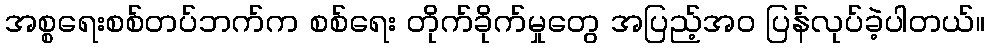
အစ္စရေးစစ်တပ်ဘက်က စစ်ရေး တိုက်ခိုက်မှုတွေ အပြည့်အဝ ပြန်လုပ်ခဲ့ပါတယ်။